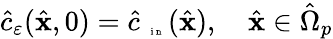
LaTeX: \begin{array}{r}{\hat{c}_{\varepsilon}(\hat{\mathbf x},0)=\hat{c}_{\mathrm{~\tiny~{~i~n~}~}}(\hat{\mathbf x}),\quad\hat{\mathbf x}\in\hat{\Omega}_{p}}\end{array}